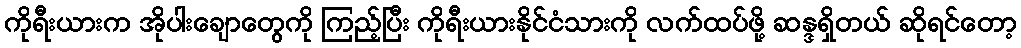
ကိုရီးယားက အိုပါးချောတွေကို ကြည့်ပြီး ကိုရီးယားနိုင်ငံသားကို လက်ထပ်ဖို့ ဆန္ဒရှိတယ် ဆိုရင်တော့